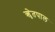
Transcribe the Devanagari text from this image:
ॠेतपाल